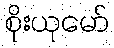
စိုးယုမော်